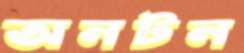
অনটন